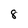
Character: 8